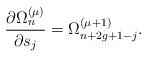
LaTeX: \begin{align*}{\partial \Omega_n^{(\mu)}\over\partial s_j}=\Omega_{n+2g+1-j}^{(\mu+1)}.\end{align*}